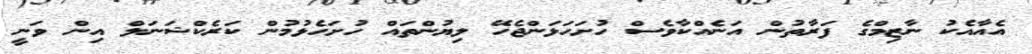
އެއާއެކު ނާޒިމްގެ ފަރާތުން އަނެއްކާވެސް ހުށަހަޅަންޖެހޭ ލިޔުންތައް ހުށަހެޅުމުން ކަރެކްޝަނަލް އިން ވަނީ